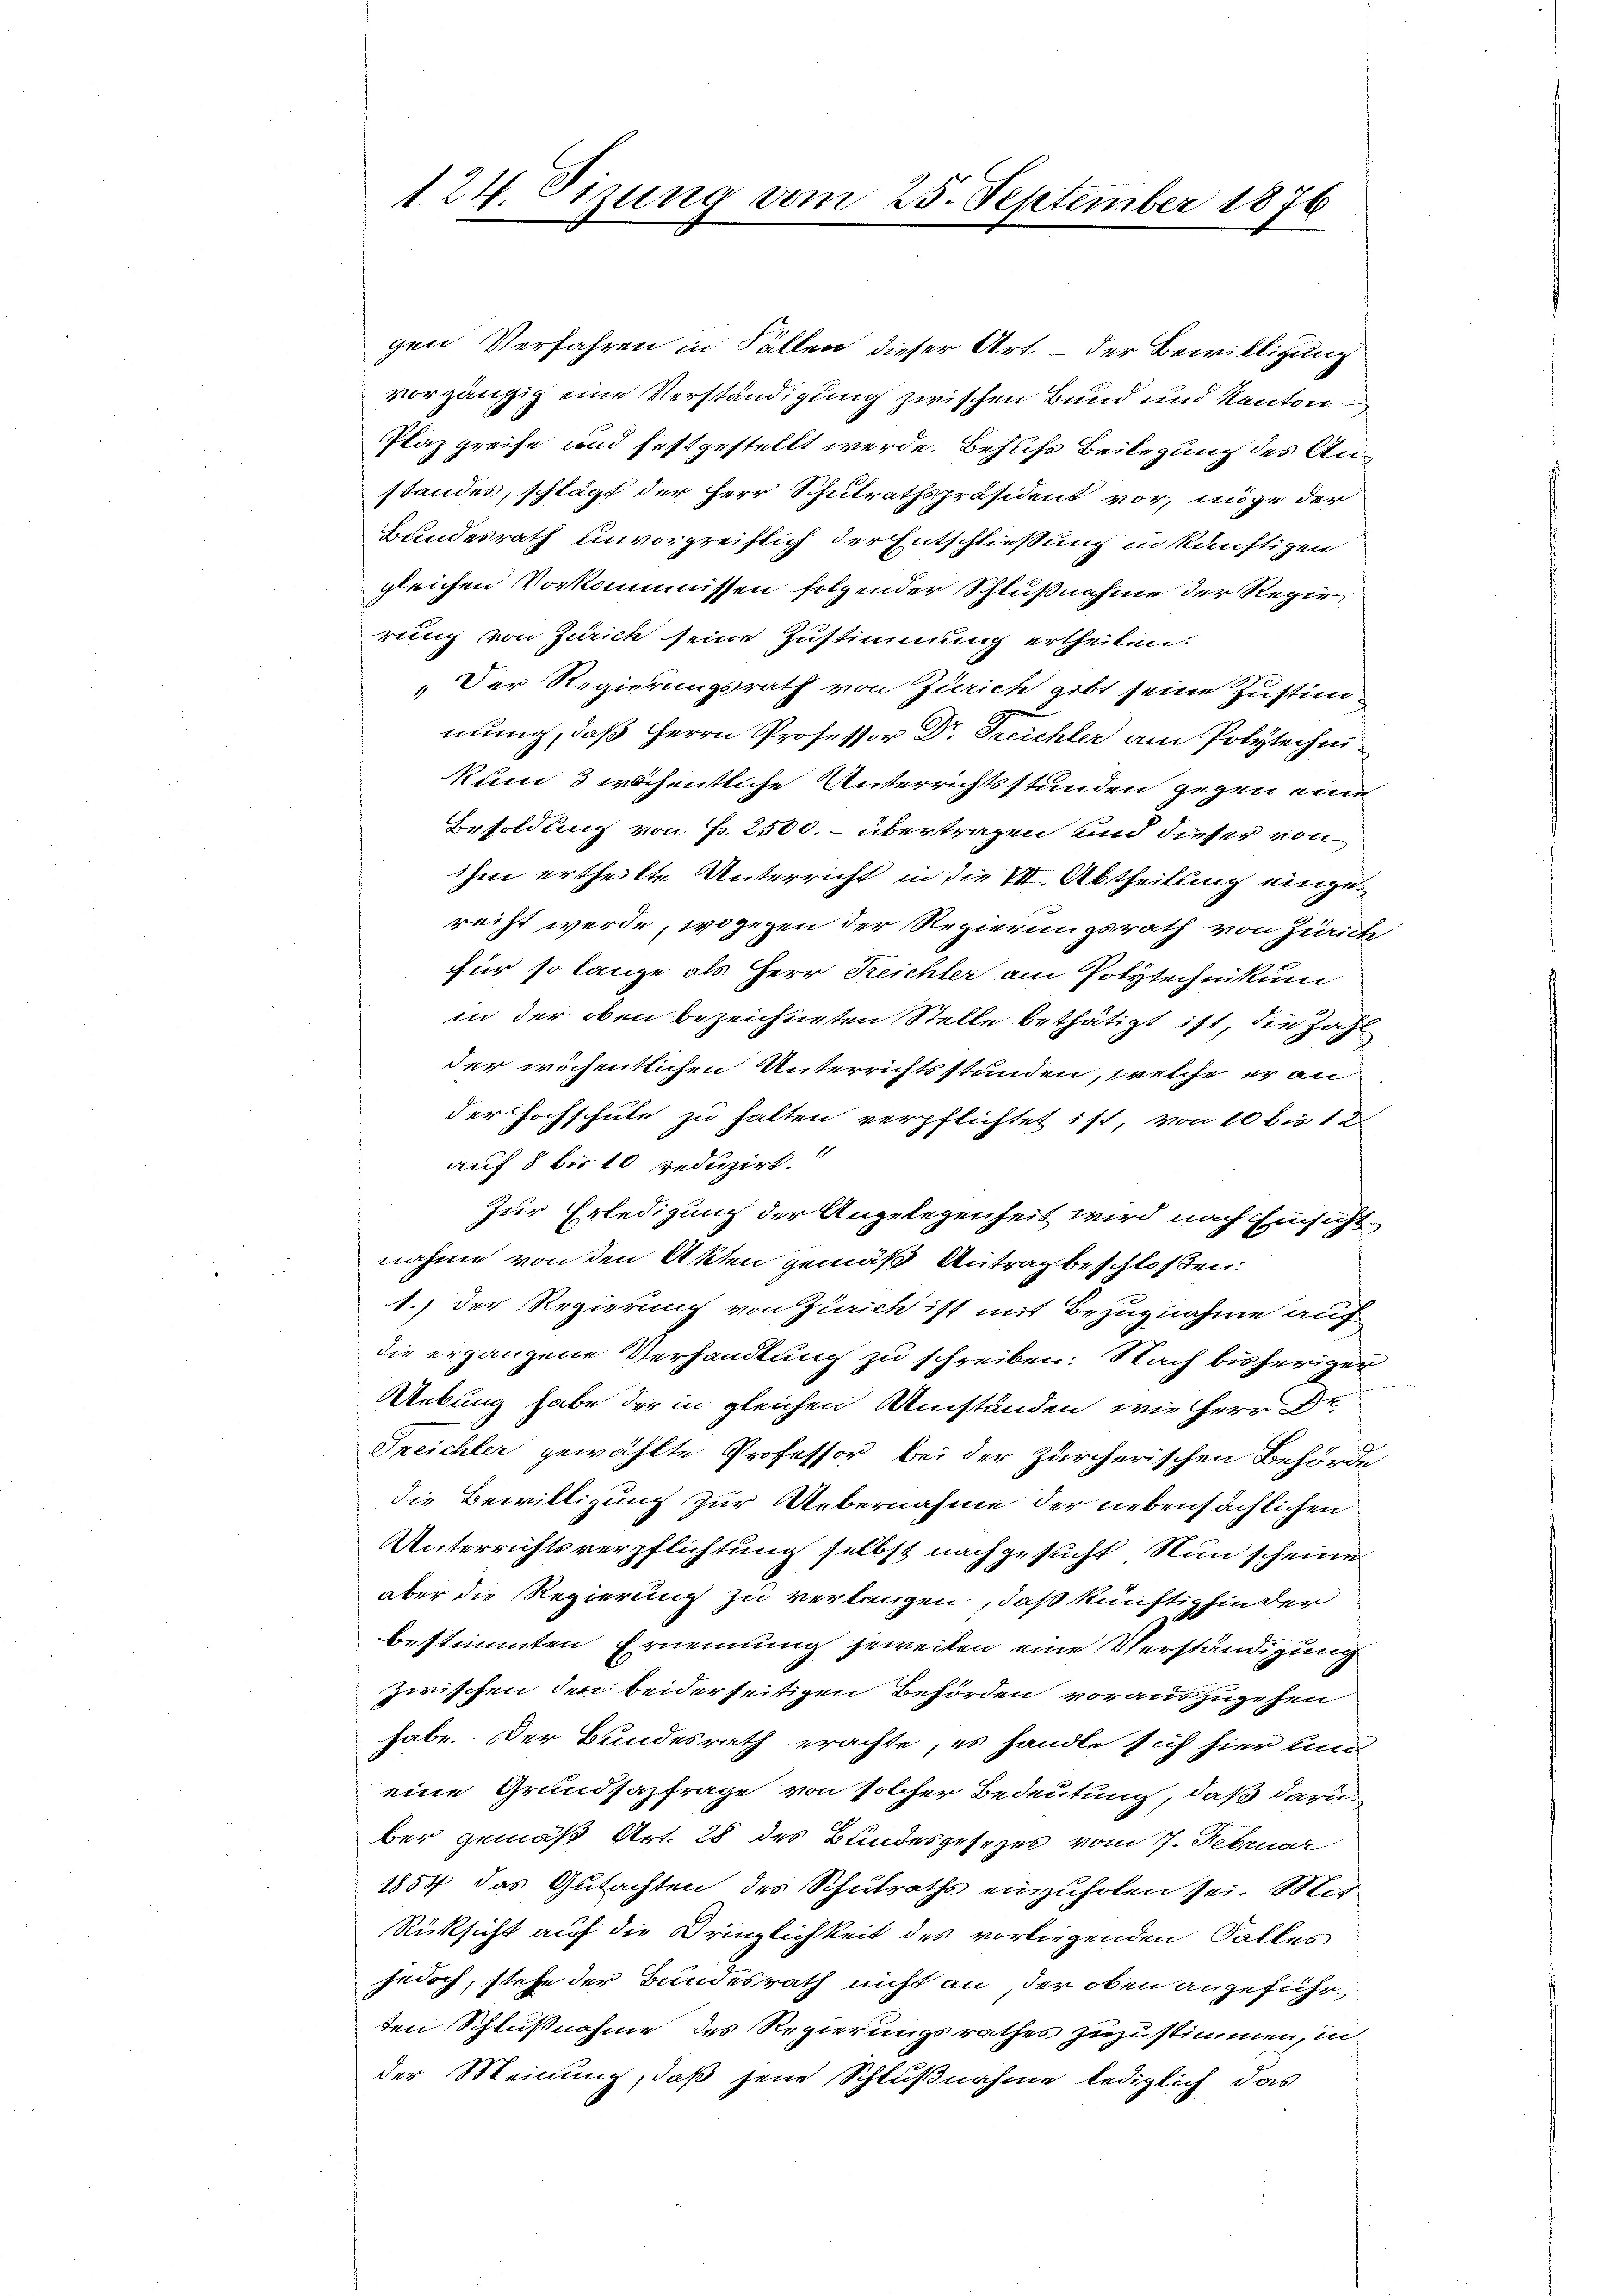
124. Sizung vom 25. September 1876

gen Verfahren in Fällen dieser Art. – der Bewilligung
vorgängig eine Verständigung zwischen Bund und Kanton
Plaz greife und festgestellt werde. Behufs Beilegung des Anstandes, schlägt der Herr Schulrathspräsident vor, möge der
Bundesrath unvorgreiflich der Entschließung in künftigen
gleichen Vorkommissen folgender Schlußnahme der Regie
rung von Zürich seine Zustimmung ertheilen.
„Der Regierungsrath von Zürich gibt seine Zustimmung, daß Herrn Professor Dr. Treichler am Polytechnikum 3 wöchentliche Unterrichtsstunden gegen eine
Besoldung von P. 2500. - übertragen und dieser von
ihm ertheilte Unterricht in die VII. Abtheilung eingereiht werde, wogegen der Regierungsrath von Zürich
für so lange als Herr Reichter am Polytechnikum
in der oben bezeichneten Stelle bethätigt ist, die Zahl
der wöchentlichen Unterrichtsstunden, welche er an
der Hochschule zu halten verpflichtet ist, von 10 bis 1 d
auf 8 bis 10 reduzirt.
Zur Erledigung der Angelegenheit wird nach Einsicht
nahme von den Akten gemäß Antrag beschloßen:
1.) Der Regierung von Zürich ist mit Bezugnahme auch
die ergangene Verhandlung zu schreiben. Nach bisheriger
Uebung habe der in gleichen Umständen, wie Herr Dr.
Treichler gewählte Professor bei der Zürcherischen Behörde
die Bewilligung zur Uebernahme der nebensächlichen
Unterrichtsverpflichtung selbst nachgesucht. Nun scheine
aber die Regierung zu verlangen, daß künftighinder
bestimmten Ernennung jeweilen eine Verständigung
zwischen den beiderseitigen Behörden vorauszugehen
habe. Der Bundesrath erachte, es handle sich hier um
eine Grundsazfrage von solcher Bedeutung, daß darüber gemäß Art. 28 des Bundesgesezes vom 7. Februar
1857 das Gutachten des Schulraths einzuholen sei. Mir
Rüksicht auf die Dringlichkeit des vorliegenden Falles
jedoch, stehe der Bundesrath nicht an der oben angeführten Schlußnahme des Regierungsrathes zuzustimmen, in
der Meinung, daß jene Schlußnahme lediglich das

e